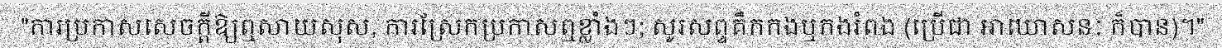
"ការប្រកាសសេចក្តីឱ្យឮសាយសុស, ការស្រែកប្រកាសឮខ្លាំងៗ; សូរសព្ទគឹកកងឬកងរំពង (ប្រើជា អាឃោសនៈ ក៏បាន)។"